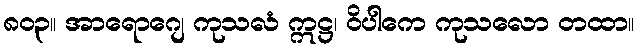
၈၀၃။ အာရောဂျေ ကုသလံ ဣဋ္ဌ၊ ဝိပါကေ ကုသလော တထာ။